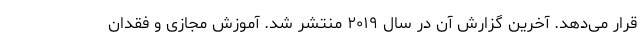
قرار می‌دهد. آخرین گزارش آن در سال ۲۰۱۹ منتشر شد. آموزش مجازی و فقدان